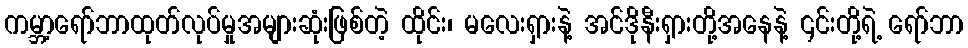
ကမ္ဘာ့ရော်ဘာထုတ်လုပ်မှုအများဆုံးဖြစ်တဲ့ ထိုင်း၊ မလေးရှားနဲ့ အင်ဒိုနီးရှားတို့အနေနဲ့ ၎င်းတို့ရဲ့ ရော်ဘာ